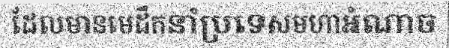
ដែលមានមេដឹកនាំប្រទេសមហាអំណាច